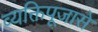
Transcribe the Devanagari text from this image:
व्यक्तिपूजासे